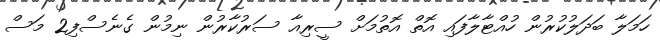
ހަމަލާ ބަދަލުކުރުން ހުއްޓާލާފައި އޮތް އޮތުމަށް ސީރިއާ ސަރުކާރުން ނިމުން ގެނެސްފި2 މަސް